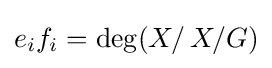
e_{i}f_{i}=\deg(X/\,X/G)